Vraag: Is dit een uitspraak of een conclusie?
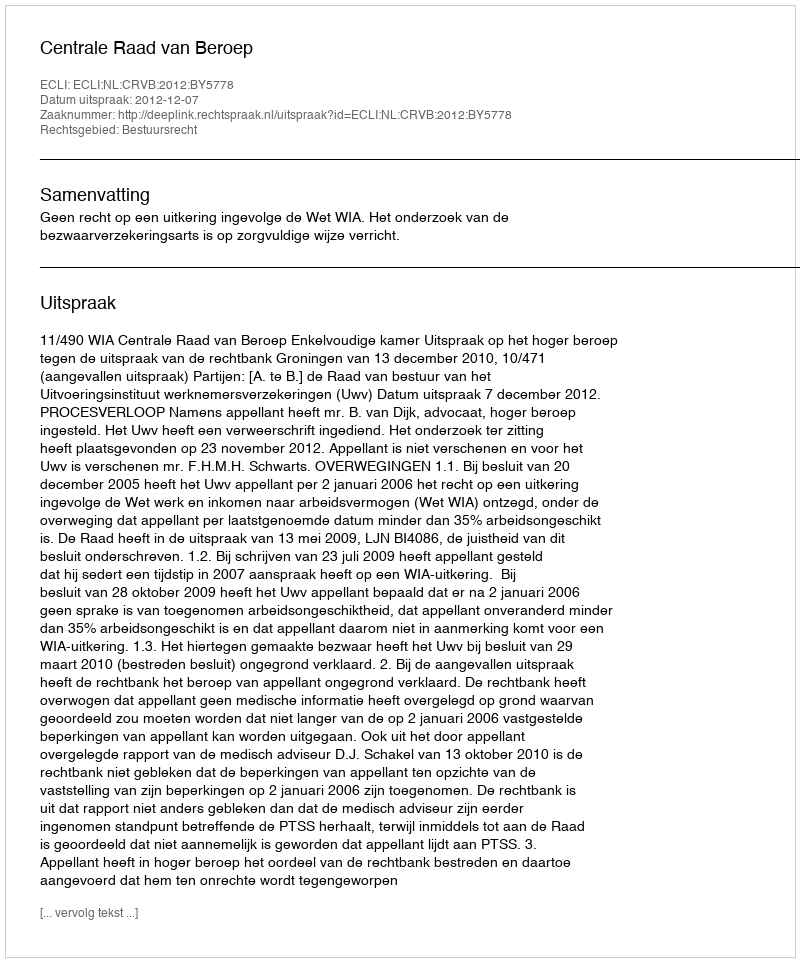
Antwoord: Uitspraak